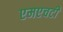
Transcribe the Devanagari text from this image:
एमएचटी